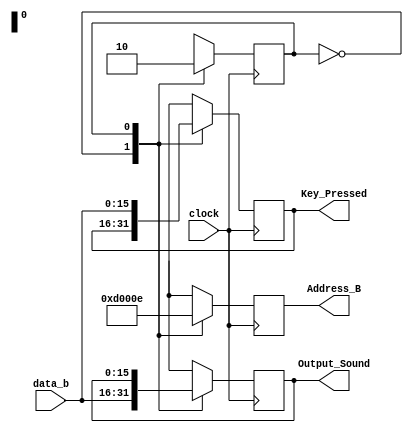
`timescale 1ns / 1ps

module Ram_Reader(clock, data_b, Address_B, Key_Pressed, Output_Sound);

input clock;
input [15:0] data_b;
output reg [15:0] Address_B;
output reg [15:0] Key_Pressed;
output reg [15:0] Output_Sound;

parameter KEY			= 1'b0;
parameter OUTPUT		= 1'b1;

reg state;
reg next_state;

initial
	begin
	state = 0;
	end

always @ (state)
begin
	next_state = 0;
	case(state)
		KEY: 
			next_state = OUTPUT;
			
		OUTPUT:
			next_state = KEY;
			
		default: 
			next_state = KEY;
			
	endcase
end

always @ (posedge clock)
begin
	state <= next_state;
end

always @ (posedge clock)
begin 
	case(state)
		KEY: 
			begin
			Address_B <= 16'b0000000000001101;
			Key_Pressed <= Key_Pressed;
			Output_Sound <= data_b;
			end
			
		OUTPUT: 
			begin
			Address_B <= 16'b0000000000001110;
			Key_Pressed <= data_b;
			Output_Sound <= Output_Sound;
			end
			
		default: 
			begin
			Address_B <= 16'b0000000000001101;
			Key_Pressed <= data_b;
			Output_Sound <= Output_Sound;
			end
  endcase
end
endmodule